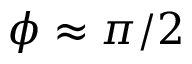
\phi \approx \pi / 2